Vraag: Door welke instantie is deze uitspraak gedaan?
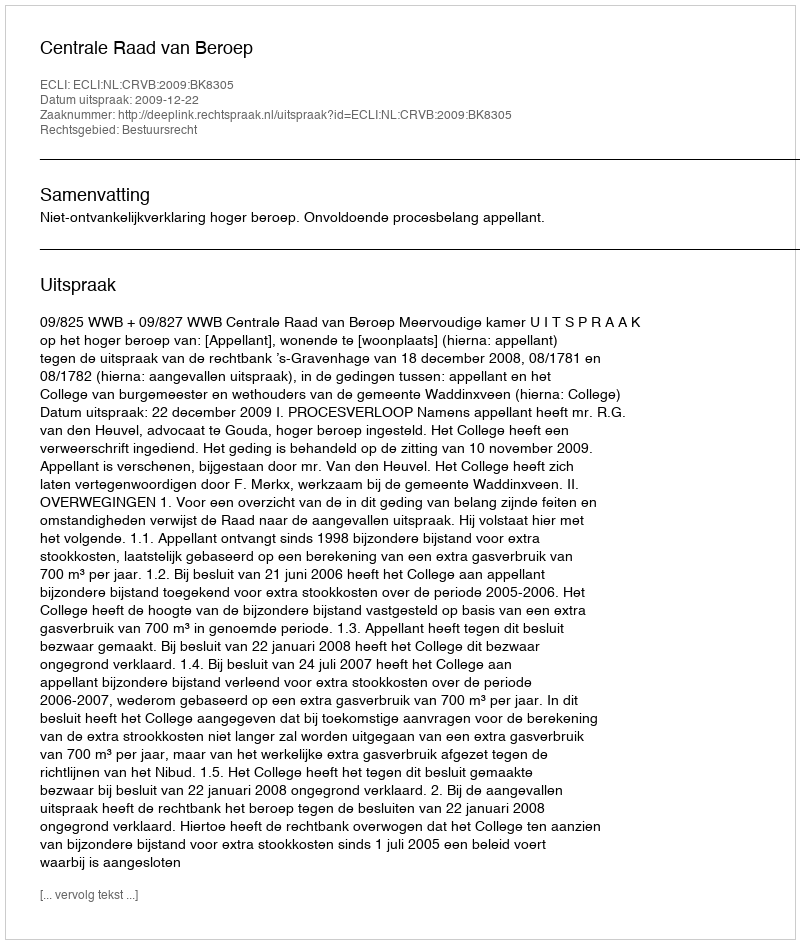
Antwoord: Centrale Raad van Beroep